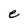
Character: e